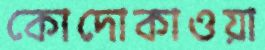
কোদোকাওয়া